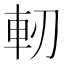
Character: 軔